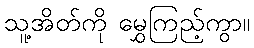
သူ့အိတ်ကို မွှေကြည့်ကွာ။